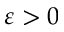
\varepsilon > 0